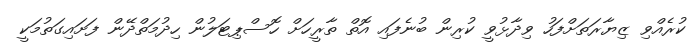
ކުރެއްވި ޒިޔާރަތަށްފަހު ވިދާޅުވީ ކުރިން ބުނެފައި އޮތް ތާރީހަށް ހޮސްޕިޓަލުން ހިދުމަތްދޭން ފަށައިގަތުމަކީ